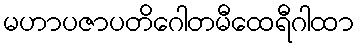
မဟာပဇာပတိဂေါတမီထေရီဂါထာ